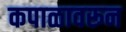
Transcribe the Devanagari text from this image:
कपाळावरून